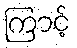
ကြာင့်